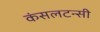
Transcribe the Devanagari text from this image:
कंसलटन्सी